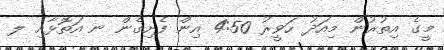
މީގެ އިތުރުން މިއަދު ހަވީރު 4:50 އިން ފެށިގެން ނ އަތޮޅާއި ލ